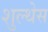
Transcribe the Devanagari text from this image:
शुल्थेस